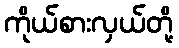
ကိုယ်စားလှယ်တို့